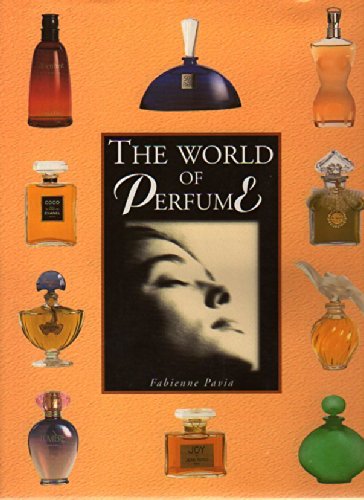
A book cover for The World of Perfume; Fabienne Pavia; Crafts, Hobbies & Home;